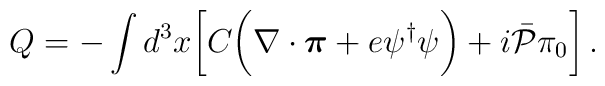
Q=-\int d^3 x \biggl[C\biggl(\nabla\cdot\mbox{\boldmath $\pi$}+e\psi^\dagger\psi\biggr)+i{\bar{\cal P}}\pi_0\biggr]\,.